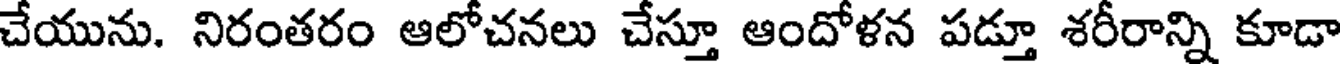
చేయును. నిరంతరం ఆలోచనలు చేస్తూ ఆందోళన పడ్తూ శరీరాన్ని కూడా